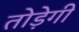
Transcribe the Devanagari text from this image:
तोड़ेगी